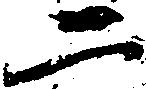
二